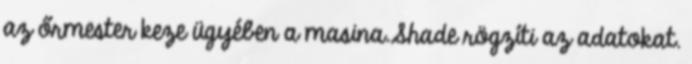
az őrmester keze ügyében a masina.Shade rögzíti az adatokat.